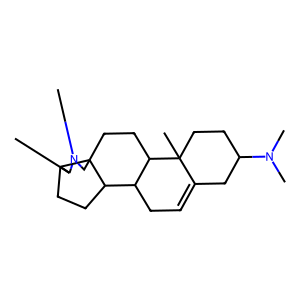
SMILES: CC1C2CCC3C4CC=C5CC(N(C)C)CCC5(C)C4CCC32CN1C
Inhibits HIV replication: No